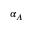
\alpha _ { A }